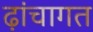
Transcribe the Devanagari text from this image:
ढ़ांचागत